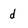
Character: d